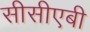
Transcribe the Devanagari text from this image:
सीसीएबी